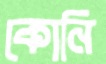
কোনি